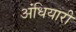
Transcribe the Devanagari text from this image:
अंधियारी